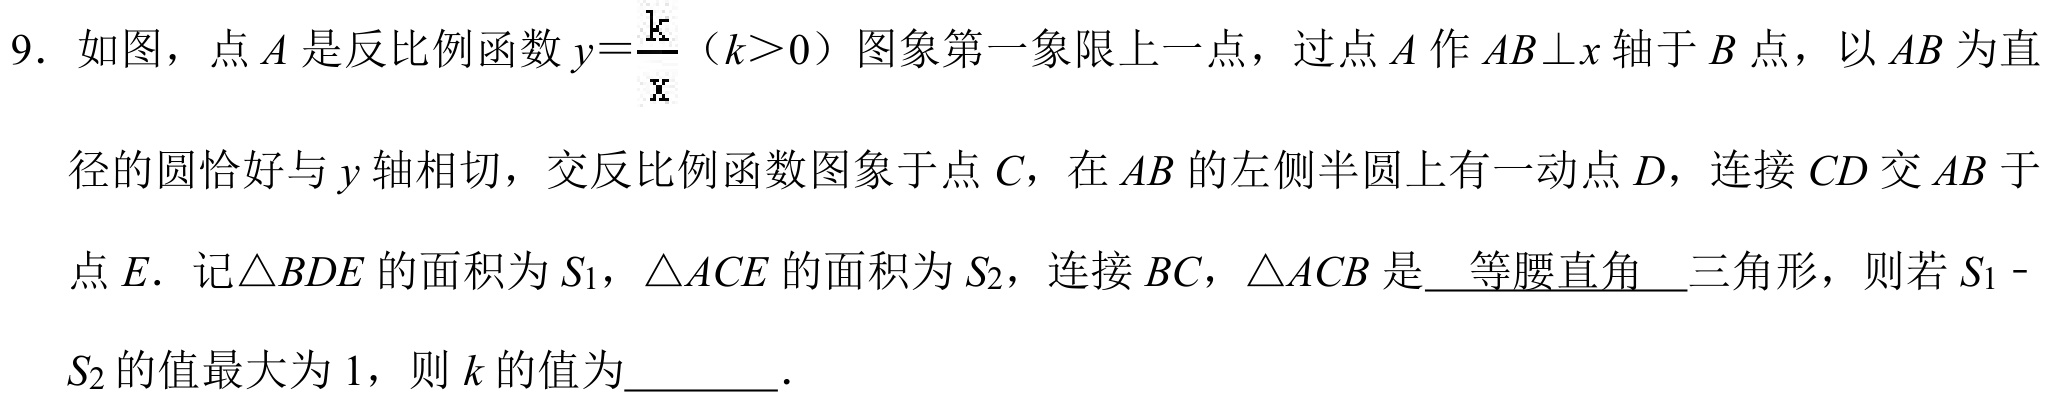
9. 如图，点\(A\)是反比例函数\(y = \frac{k}{x}\)（\(k>0\)）图象第一象限上一点，过点\(A\)作\(AB\perp x\)轴于\(B\)点，以\(AB\)为直
径的圆恰好与\(y\)轴相切，交反比例函数图象于点\(C\)，在\(AB\)的左侧半圆上有一动点\(D\)，连接\(CD\)交\(AB\)于
点\(E\). 记\(\triangle BDE\)的面积为\(S_{1}\)，\(\triangle ACE\)的面积为\(S_{2}\)，连接\(BC\)，\(\triangle ACB\)是 等腰直角 三角形，则若\(S_{1}-
S_{2}\)的值最大为\(1\)，则\(k\)的值为  ．